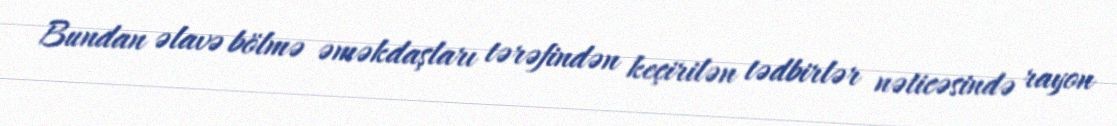
Bundan əlavə bölmə əməkdaşları tərəfindən keçirilən tədbirlər nəticəsində rayon